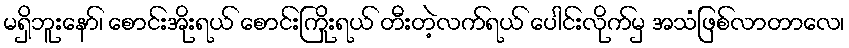
မရှိဘူးနော်၊ စောင်းအိုးရယ် စောင်းကြိုးရယ် တီးတဲ့လက်ရယ် ပေါင်းလိုက်မှ အသံဖြစ်လာတာလေ၊